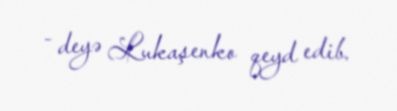
- deyə Lukaşenko qeyd edib.